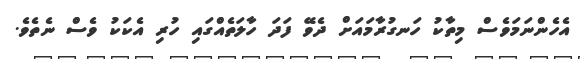
އެހެންނަމަވެސް މިތާކު ހަނގުރާމައަށް ދެވޭ ފަދަ ހާލަތެއްގައި ހުރި އެކަކު ވެސް ނެތެވެ.